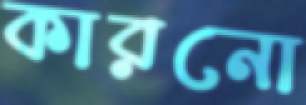
কারনো